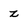
Character: z